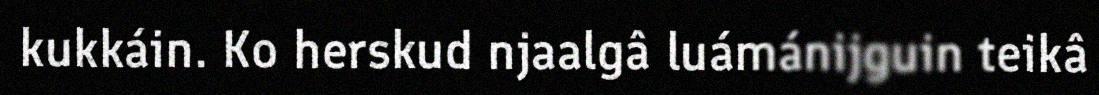
kukkáin. Ko herskud njaalgâ luámánijguin teikâ